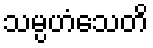
သမ္ပဟံသေတိ